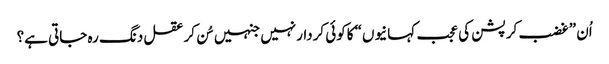
اُن ”غضب کرپشن کی عجب کہانیوں“ کاکوئی کردارنہیں جنہیں سُن کرعقل دنگ رہ جاتی ہے؟